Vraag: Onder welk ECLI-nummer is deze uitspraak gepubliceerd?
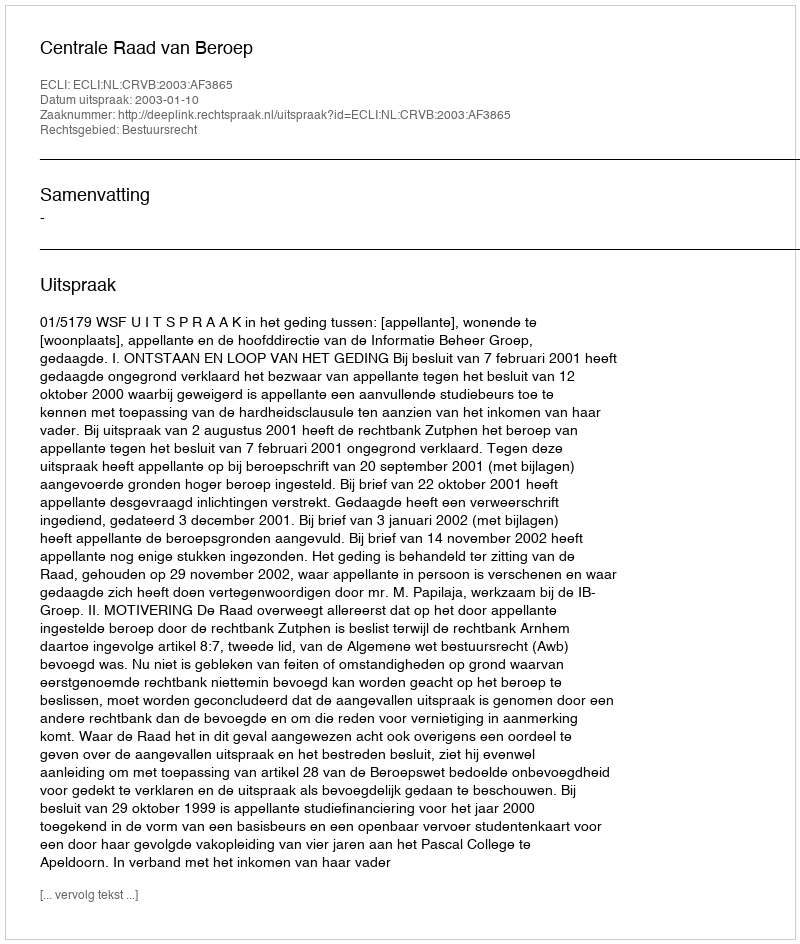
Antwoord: ECLI:NL:CRVB:2003:AF3865